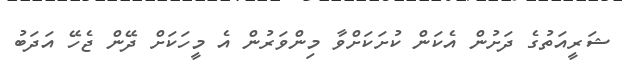
ޝަރީއަތުގެ ދަށުން އެކަން ކުށަކަށްވާ މިންވަރުން އެ މީހަކަށް ދޭން ޖެހޭ އަދަބު